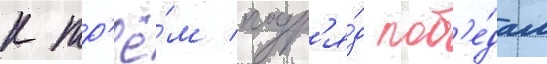
к тр'ё́м подр'я́д поб'е́дам